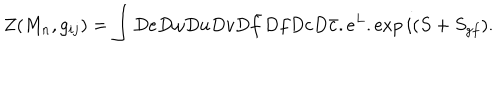
LaTeX: Z ( M _ { n } , g _ { i j } ) = \int D e D \omega D u D v D \bar { f } D f D c D \bar { c } . e ^ { L } . \exp i ( S + S _ { g f } ) .